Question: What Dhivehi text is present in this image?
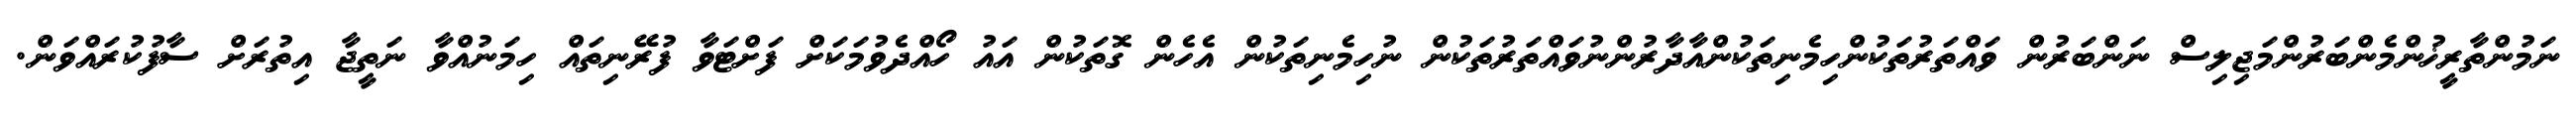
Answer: ނަމުންތާރީޚުންމެންބަރުންމަޖިލިސް ނަންބަރުން ވައްތަރުތަކުންހިމެނިތަކުންއާދާރުންނުވައްތަރުތަކުން ނުހިމެނިތަކުން އެހެން ގޮތަކުން އައު ހޯއްދެވުމަކަށް ފަށްޓަވާ ފުރޭނިތައް ހިމަނުއްވާ ނަތީޖާ އިތުރަށް ސާފުކުރައްވަން.